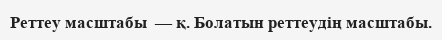
Реттеу масштабы  — қ. Болатын реттеудің масштабы.